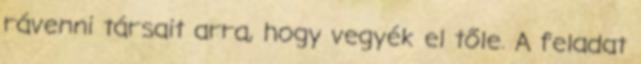
rávenni társait arra, hogy vegyék el tőle. A feladat